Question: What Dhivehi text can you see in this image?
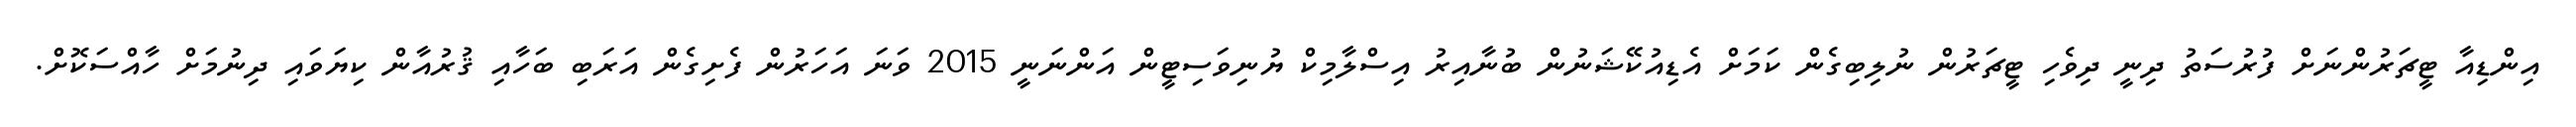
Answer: އިންޑިއާ ޓީޗަރުންނަށް ފުރުސަތު ދިނީ ދިވެހި ޓީޗަރުން ނުލިބިގެން ކަމަށް އެޑިއުކޭޝަނުން ބުނާއިރު އިސްލާމިކް ޔުނިވަސިޓީން އަންނަނީ 2015 ވަނަ އަހަރުން ފެށިގެން އަރަބި ބަހާއި ޤުރުއާން ކިޔަވައި ދިނުމަށް ހާއްސަކޮށް.